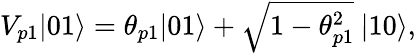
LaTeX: \begin{array}{r}{V_{p1}|{01}\rangle=\theta_{p1}|{01}\rangle+\sqrt{1-\theta_{p1}^{2}}\: |{10}\rangle,}\end{array}